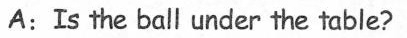
A: Is the ball under the table?